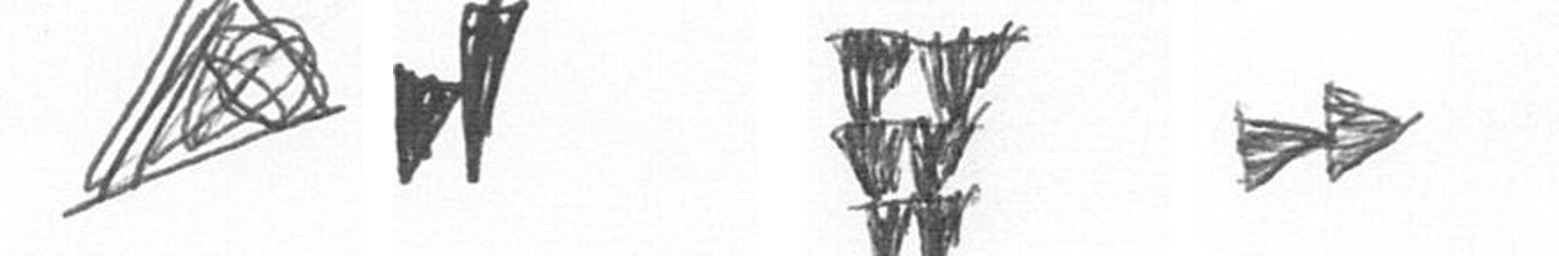
O M Y A